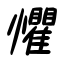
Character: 懼